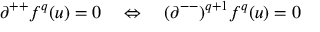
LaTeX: \partial ^ { + + } f ^ { q } ( u ) = 0 \quad \Leftrightarrow \quad ( \partial ^ { -- } ) ^ { q + 1 } f ^ { q } ( u ) = 0